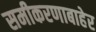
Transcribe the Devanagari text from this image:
समीकरणाबाहेर